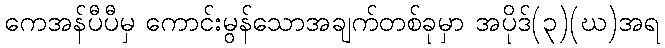
ကေအန်ပီပီမှ ကောင်းမွန်သောအချက်တစ်ခုမှာ အပိုဒ်(၃)(ဃ)အရ